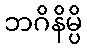
ဘဂိနိမ္ပိ